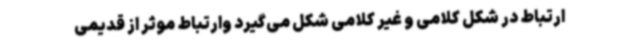
ارتباط در شکل کلامی و غیر کلامی شکل می‌گیرد وارتباط موثر از قدیمی